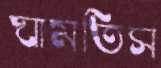
ঘামতিস